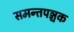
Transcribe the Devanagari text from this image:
समन्तपञ्चक